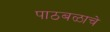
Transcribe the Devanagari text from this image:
पाठबळाचे